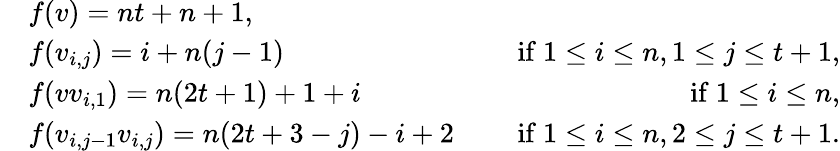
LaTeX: \begin{array}{rlr}&{f(v)=nt+n+1,}\\ &{f(v_{i,j})=i+n(j-1)\quad}&{\mathrm{~if~}1\le i\le n,1\le j\le t+1,}\\ &{f(vv_{i,1})=n(2t+1)+1+i\quad}&{\mathrm{~if~}1\le i\le n,}\\ &{f(v_{i,j-1}v_{i,j})=n(2t+3-j)-i+2\quad}&{\mathrm{~if~}1\le i\le n,2\le j\le t+1.}\end{array}